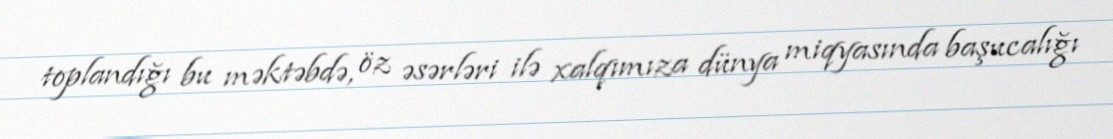
toplandığı bu məktəbdə, öz əsərləri ilə xalqımıza dünya miqyasında başucalığı